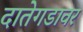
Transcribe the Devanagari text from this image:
दातेगडावर